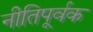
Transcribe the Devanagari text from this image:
नीतिपूर्वक